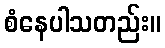
စံနေပါသတည်း။